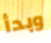
وبدأ